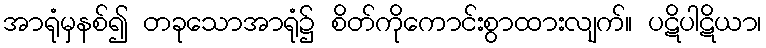
အာရုံမှနစ်၍ တခုသောအာရုံ၌ စိတ်ကိုကောင်းစွာထားလျက်။ ပဋိပါဋိယာ၊